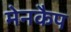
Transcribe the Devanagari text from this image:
मेनकैप